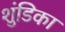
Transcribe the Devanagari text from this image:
शुंडिका